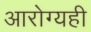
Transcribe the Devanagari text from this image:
आरोग्यही